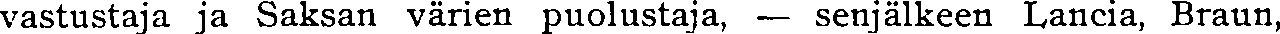
vastustaja ja Saksan värien puolustaja, — senjälkeen Lancia, Braun,